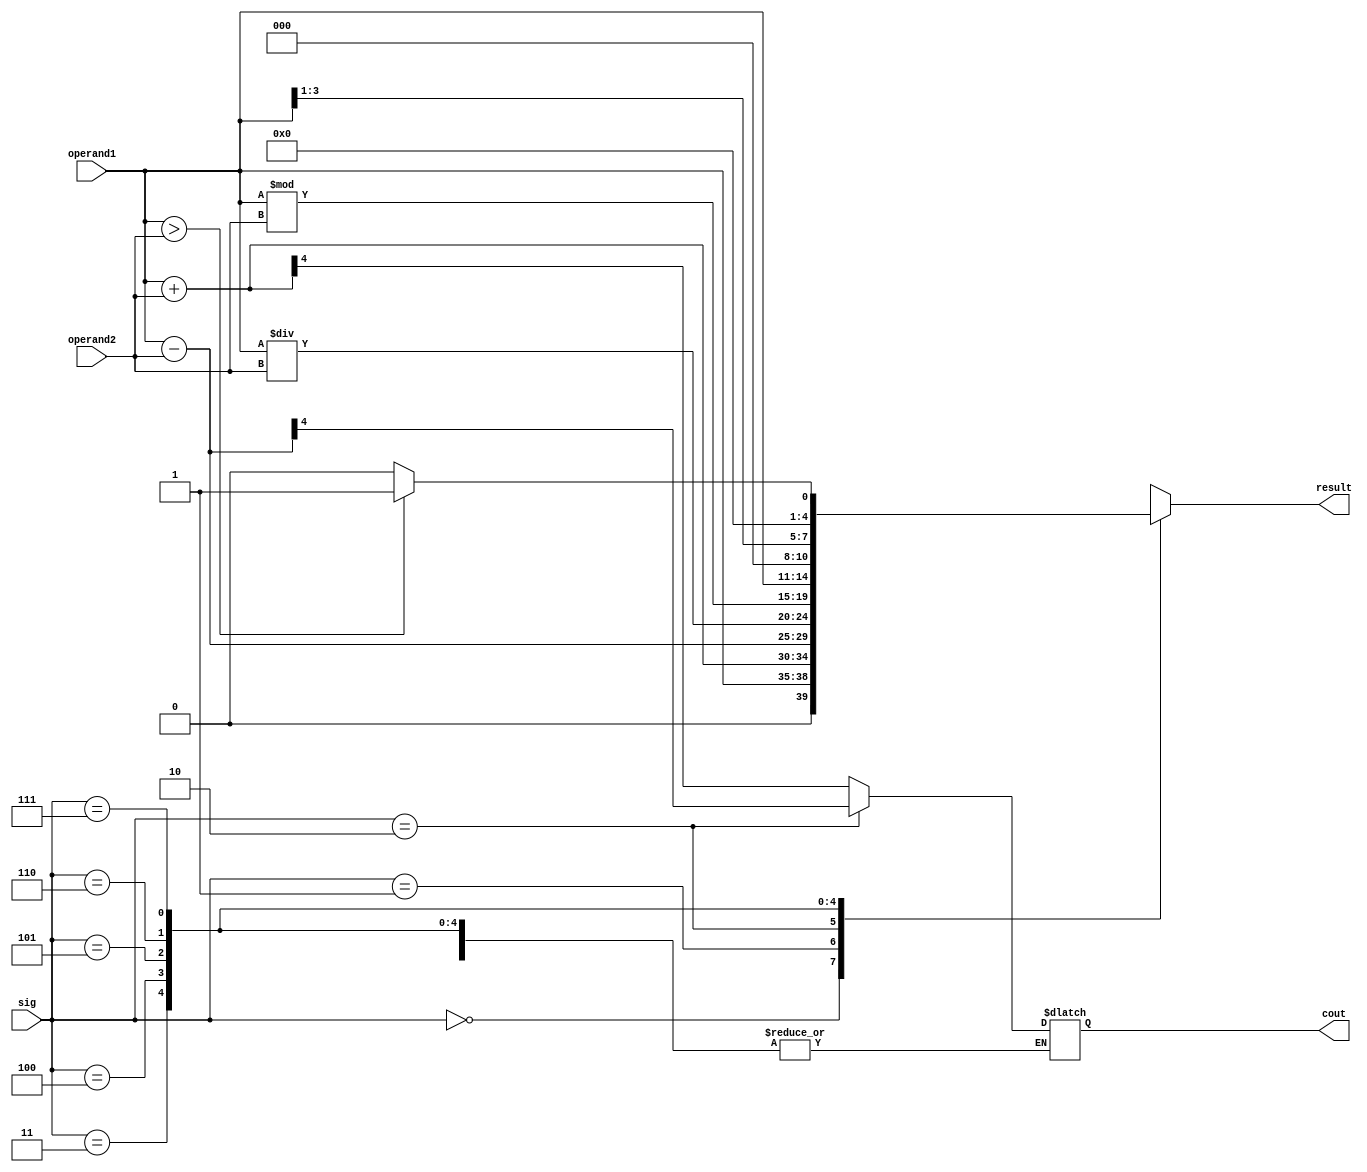
// An 8-function 4 bit ALU implementation
// using case statements

module ALU4(sig, operand1, operand2, result, cout);

    input [2:0] sig;
    input [3:0] operand1, operand2;

    output reg [4:0] result;
    output reg cout = 1'b0;

    parameter [2:0]
        OP1 = 3'b000,
        ADD = 3'b001, 
        SUB = 3'b010,
        DIV = 3'b011,
        REM = 3'b100,
        LSH = 3'b101,
        RSH = 3'b110,
        COM = 3'b111;

    always @(sig or operand1 or operand2)
    begin
        case(sig)
        OP1:begin
                result = operand1;
            end
        ADD:begin
                result = operand1 + operand2;
                cout = result[4];
            end
        SUB:begin
                result = operand1 - operand2;
                cout = result[4];
            end
        DIV:begin
                result = operand1 / operand2;
            end
        REM:begin
                result = operand1 % operand2;
            end
        LSH:begin
                result = operand1 << 1;
            end
        RSH:begin
                result = operand1 >> 1;
            end
        COM:begin
                if(operand1 > operand2)
                    result = 5'b00001;
                else
                    result = 5'b0;
                end
        default:begin
                result = 5'b0;
                cout = 1'b0;
            end
        endcase
    end

endmodule